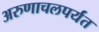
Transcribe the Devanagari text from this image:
अरुणाचलपर्यंत